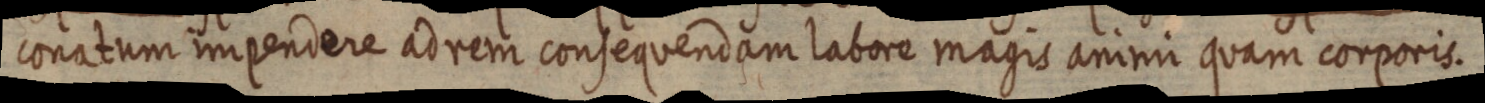
conatum impendere adrem consequendam labore magis animi quam corporis.